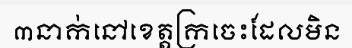
៣នាក់នៅខេត្តក្រចេះដែលមិន